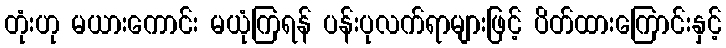
တုံးဟု မယားကောင်း မယုံကြရန် ပန်းပုလက်ရာများဖြင့် ပိတ်ထားကြောင်းနှင့်